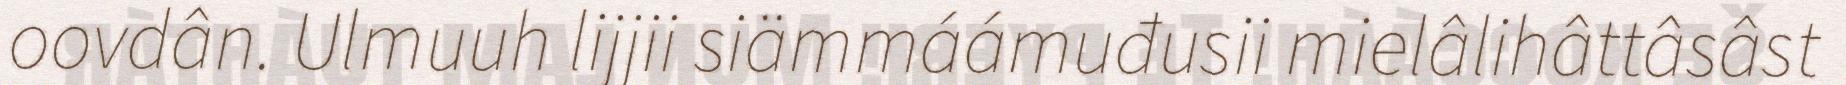
oovdân. Ulmuuh lijjii siämmáámuđusii mielâlihâttâsâst